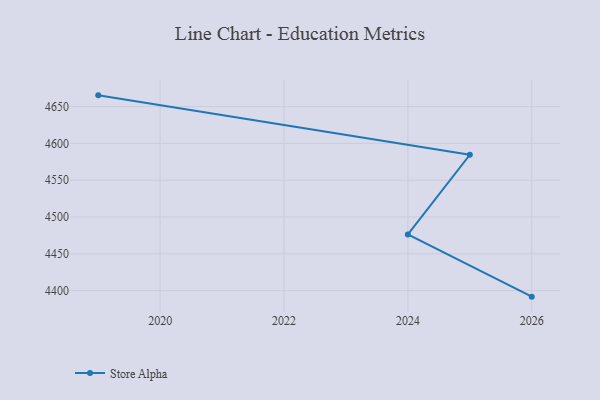
{"axis": {"x": "Year", "y": "Backlog"}, "legend": ["Store Alpha"], "data": [{"x": "2026", "y": 4391.8, "type": "Store Alpha"}, {"x": "2024", "y": 4476.4, "type": "Store Alpha"}, {"x": "2025", "y": 4584.5, "type": "Store Alpha"}, {"x": "2019", "y": 4665.3, "type": "Store Alpha"}]}